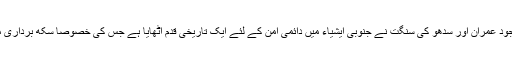
تاہم ان تمام تر شرمناک حرکات کے باوجود عمران اور سدھو کی سنگت نے جنوبی ایشیاء میں دائمی امن کے لئے ایک تاریخی قدم اٹھایا ہے جس کی خصوصاٰ سکھ برداری میں بہت عزت و ستائش کی جارہی ہے ۔